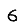
Digit: 6